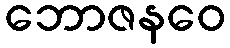
ဘောဇနဝေ